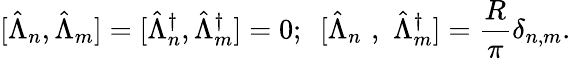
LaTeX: \mathrm{[}\hat{\Lambda}_{n},\hat{\Lambda}_{m}]=[\hat{\Lambda}_{n}^{\dagger},\hat{\Lambda}_{m}^{\dagger}]=0;\, \, \, [\hat{\Lambda}_{n}\, \, ,\, \, \hat{\Lambda}_{m}^{\dagger}]=\frac{R}{\pi}\delta_{n,m}.